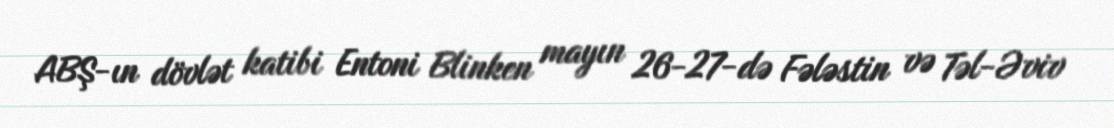
ABŞ-ın dövlət katibi Entoni Blinken mayın 26-27-də Fələstin və Təl-Əviv